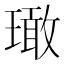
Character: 𱯨